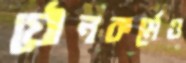
যৌনকর্মেও